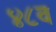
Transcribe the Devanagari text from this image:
४८व